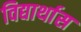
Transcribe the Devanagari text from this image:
विद्यार्थास